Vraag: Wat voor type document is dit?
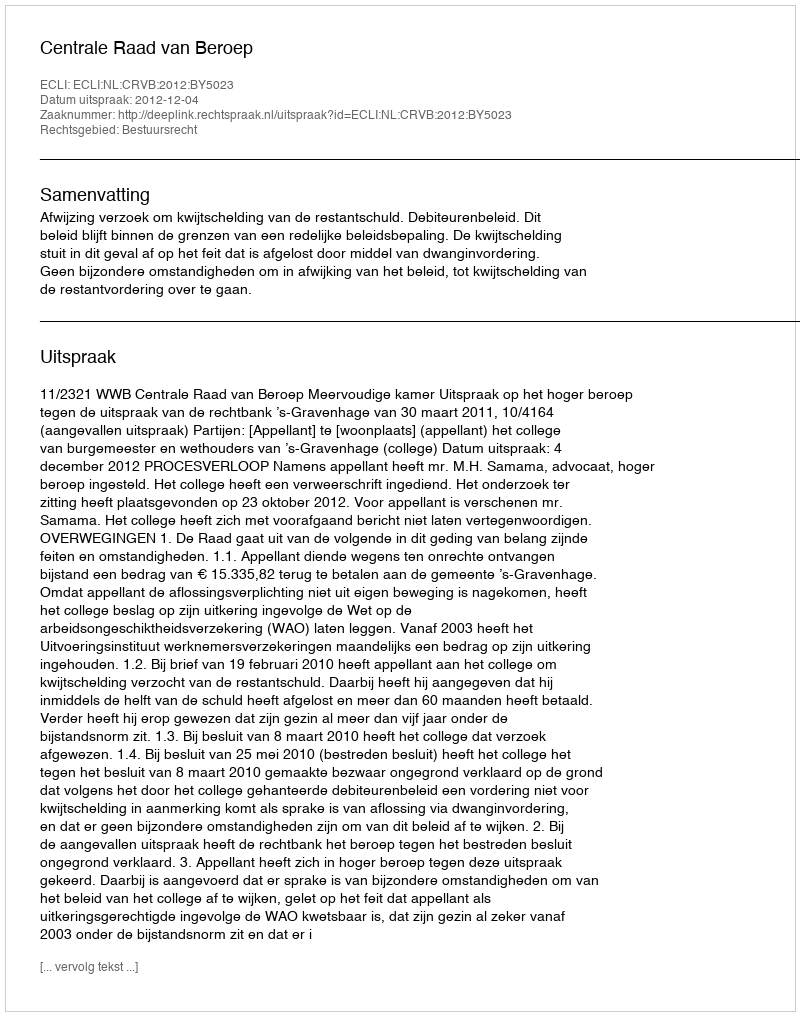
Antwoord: Uitspraak